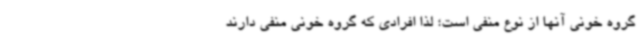
گروه خونی آنها از نوع منفی است؛ لذا افرادی که گروه خونی منفی دارند